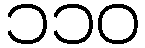
၁၁၀